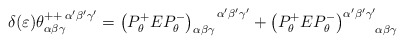
\begin{align*}\delta (\varepsilon )\theta _{\alpha\beta\gamma}^{++\,\alpha'\beta'\gamma'}=\left( P_{\theta}^{+}EP_{\theta }^{-}\right) _{\alpha\beta\gamma}^{\,\,\,\,\,\,\,\,\,\,\,\,\alpha'\beta'\gamma'}+\left(P_{\theta }^{+}EP_{\theta }^{-}\right) _{\,\,\,\,\,\,\,\,\quad\alpha\beta\gamma }^{\alpha'\beta'\gamma'} \end{align*}